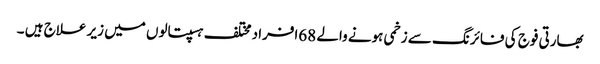
بھارتی فوج کی فائرنگ سے زخمی ہونے والے 68افراد مختلف ہسپتالوں میں زیر علاج ہیں ۔